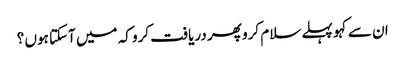
ان سے کہو پہلے سلام کرو پھر دریافت کرو کہ میں آسکتا ہوں ؟